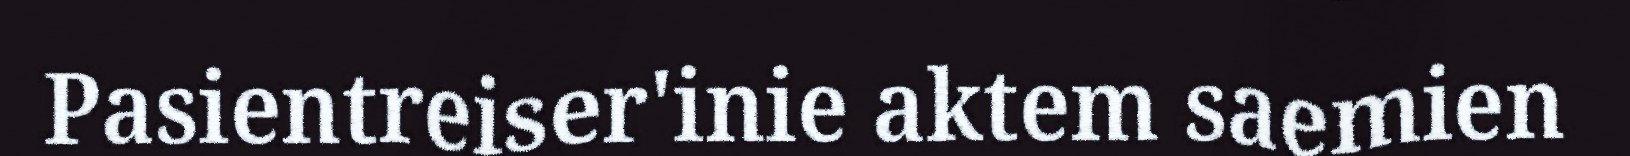
Pasientreiser'inie aktem saemien